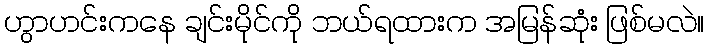
ဟွာဟင်းကနေ ချင်းမိုင်ကို ဘယ်ရထားက အမြန်ဆုံး ဖြစ်မလဲ။